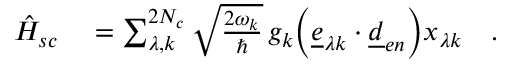
\begin{array} { r l } { \hat { H } _ { s c } } & { { } = \sum _ { \lambda , k } ^ { 2 N _ { c } } \sqrt { \frac { 2 \omega _ { k } } { \hbar } } \, g _ { k } \biggl ( \underline { { e } } _ { \lambda k } \cdot \underline { { d } } _ { e n } \biggr ) x _ { \lambda k } \quad . } \end{array}